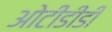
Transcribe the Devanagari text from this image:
ओटीडीडी